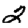
Digit: 2